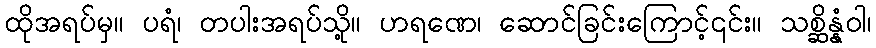
ထိုအရပ်မှ။ ပရံ၊ တပါးအရပ်သို့။ ဟရဏေ၊ ဆောင်ခြင်းကြောင့်၎င်း။ သစ္ဆိန္နံဝါ၊